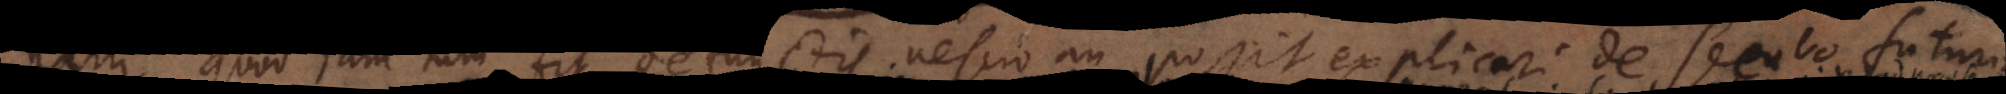
nam quod jam tum fit defunctis nescio an possit explicari de seculo futuro